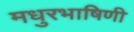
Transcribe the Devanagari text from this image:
मधुरभाषिणी